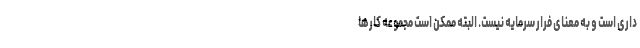
داری است و به معنای فرار سرمایه نیست. البته ممکن است مجموعه کارها